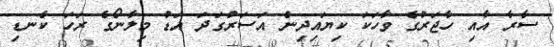
ސާރާ އާއި ހާޖަރުގެ ވާހަކަ ކިޔައިދިން އަސަރުގަދަ އަޑު މިލާނޯގެ ރަހަ ކެނޑި